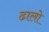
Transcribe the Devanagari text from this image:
ढालो